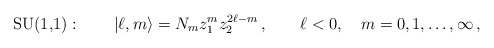
\begin{align*} \mbox{SU(1,1)}: \qquad |\ell,m\rangle = N_m z_1^mz_2^{2\ell-m}\,, \qquad \ell<0, \quad m=0,1,\ldots,\infty\,,\end{align*}